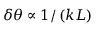
\delta \theta \propto 1 / \left( k L \right)